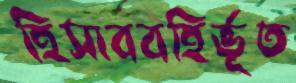
হিসাববহির্ভূত